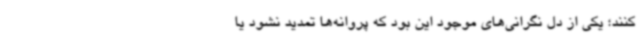
کنند؛ یکی از دل نگرانی‌های موجود این بود که پروانه‌ها تمدید نشود یا